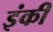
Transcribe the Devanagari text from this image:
इंकी